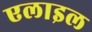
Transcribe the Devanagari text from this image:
एलाइल